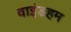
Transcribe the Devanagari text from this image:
वाइंडहम